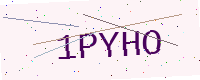
Text: 1PYHO